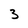
Character: 3